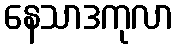
နေသာဒကုလာ